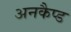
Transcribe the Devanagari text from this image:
अनकैप्ड